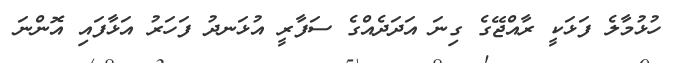
ހުޅުމާލެ ފަޅަކީ ރާއްޖޭގެ ގިނަ އަަދަދެއްގެ ސަފާރީ އުޅަނދު ފަހަރު އަޅާފައި އޮންނަ